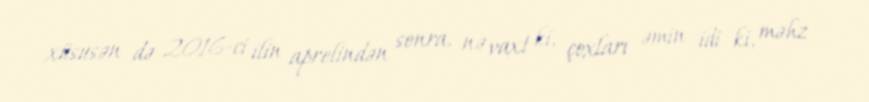
xüsusən də 2016-ci ilin aprelindən sonra, nə vaxt ki, çoxları əmin idi ki, məhz